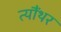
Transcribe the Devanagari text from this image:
त्यौंथर